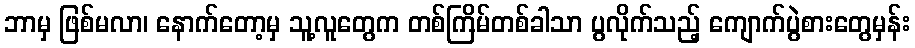
ဘာမှ ဖြစ်မလာ၊ နောက်တော့မှ သူ့လူတွေက တစ်ကြိမ်တစ်ခါသာ ပွလိုက်သည့် ကျောက်ပွဲစားတွေမှန်း